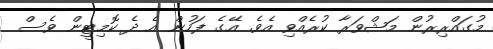
މުގައްރިރުން މަޝްވަރާ ކުރެއްވި އެވެ. އޭގެ ފަހުން އެ ދެ ކޮމިޓީން ވެސް